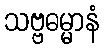
သဗ္ဗဓမ္မာနံ